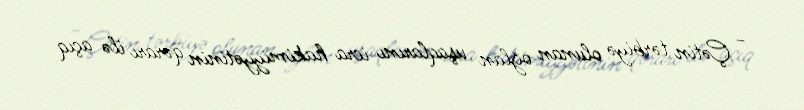
- Çətin tərbiyə olunan oğlan uşaqlarını icra hakimiyyətinin qərarı ilə açıq